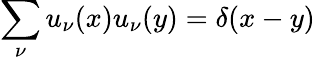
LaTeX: \sum_{\nu}u_{\nu}(x)u_{\nu}(y)=\delta(x-y)